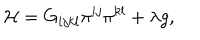
{ \cal H } = G _ { i j k l } \pi ^ { i j } \pi ^ { k l } + \lambda g ,